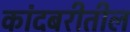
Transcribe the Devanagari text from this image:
कांदबरीतील